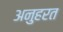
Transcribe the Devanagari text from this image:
अनुहरत